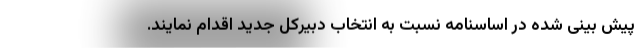
پیش بینی شده در اساسنامه نسبت به انتخاب دبیرکل جدید اقدام نمایند.